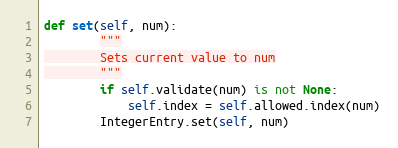
Language: Python
def set(self, num):
        """
        Sets current value to num
        """
        if self.validate(num) is not None:
            self.index = self.allowed.index(num)
        IntegerEntry.set(self, num)